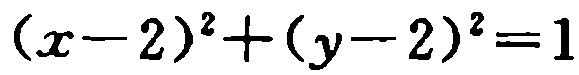
\((x - 2)^2 + (y - 2)^2 = 1\)